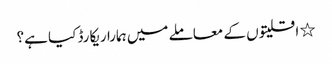
٭ اقلیتوں کے معاملے میں ہمارا ریکارڈ کیا ہے؟